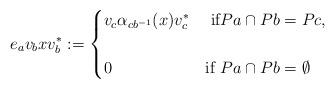
\begin{align*} e_{a}v_{b}xv_{b}^{*}:=\begin{cases} v_{c}\alpha_{cb^{-1}}(x)v_{c}^{*} & \mbox{ if} Pa \cap Pb = Pc,\cr &\cr 0 & \mbox{if } Pa \cap Pb =\emptyset \end{cases}\end{align*}